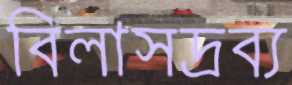
বিলাসদ্রব্য